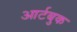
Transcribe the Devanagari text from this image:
आर्टबुक